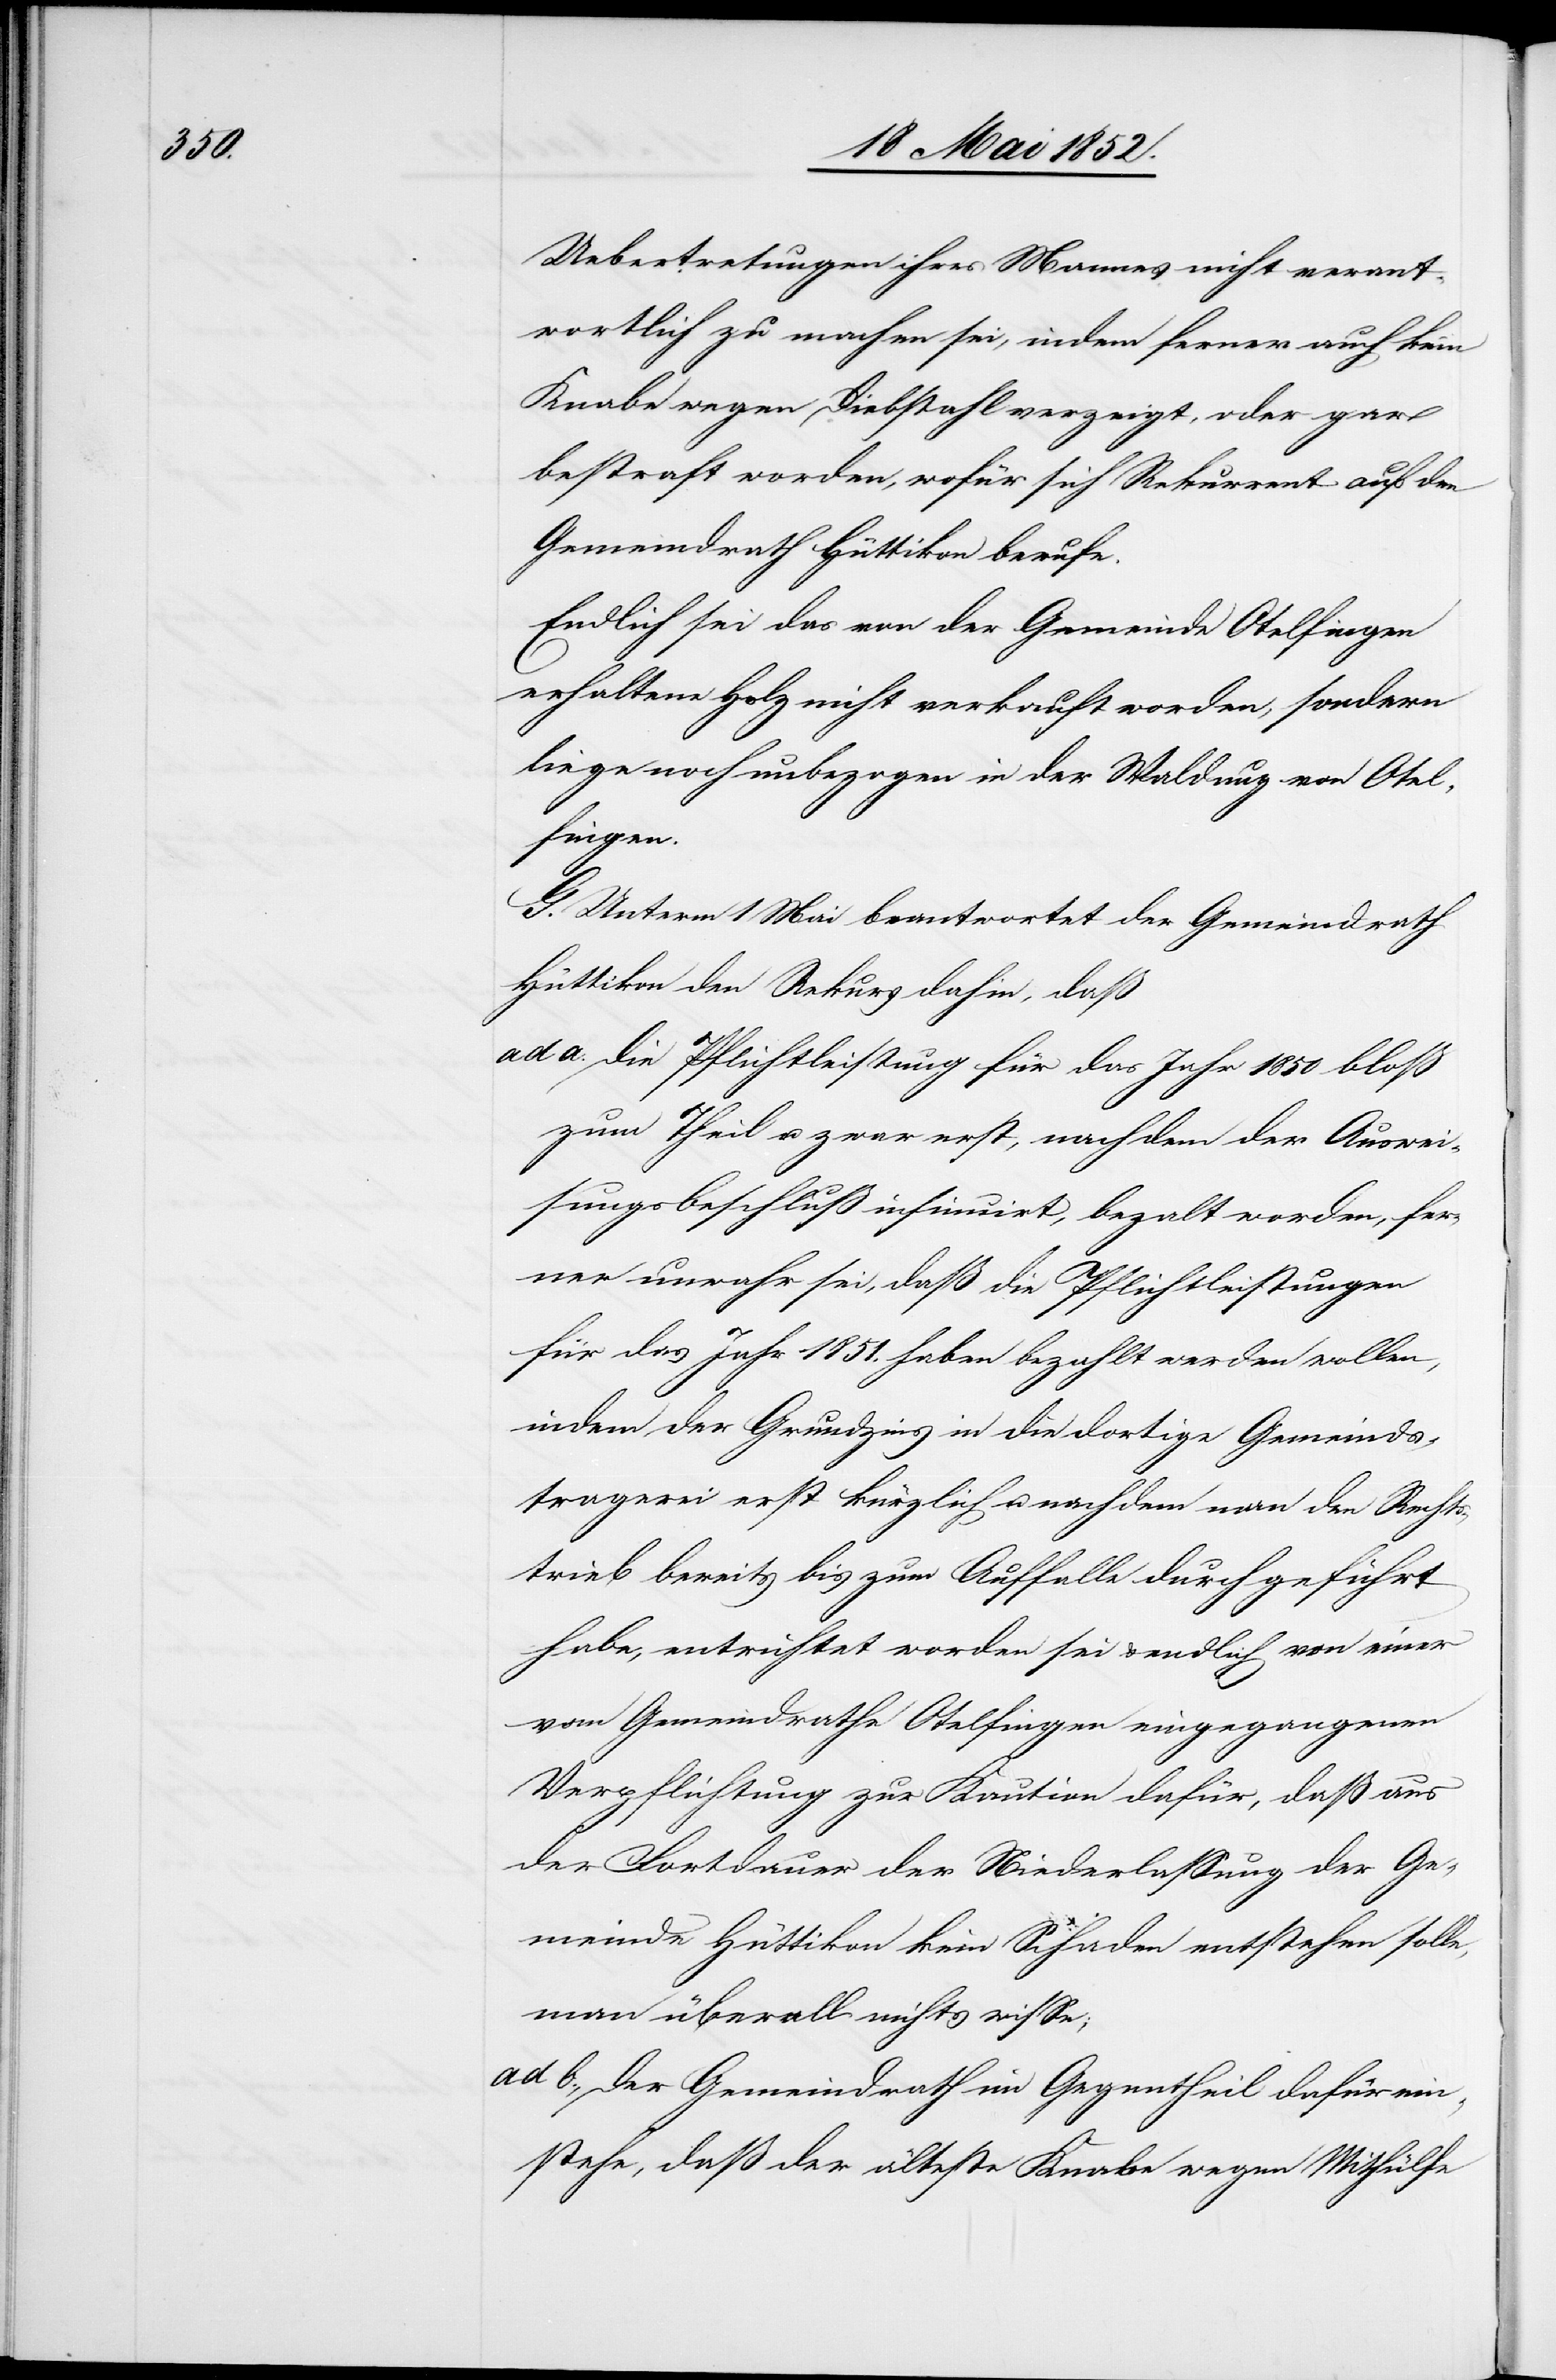
Uebertretungen ihres Mannes nicht verant¬
wortlich zu machen sei, indem ferner auch kein
Knabe wegen Diebstahl verzeigt, oder gar
bestraft worden, wofür sich Rekurrent auf den
Gemeindrath Hüttikon berufe.
Endlich sei das von der Gemeinde Otelfingen
erhaltene Holz nicht verkauft worden, sondern
liege noch unbezogen in der Waldung von Otel¬
fingen.
G. Unterm 1 Mai beantwortet der Gemeindrath
Hüttikon den Rekurs dahin, daß
die Pflichtleistung für das Jahr 1850 bloss
zum Theil u. zwar erst, nachdem der Auswei¬
sungsbeschluss insinuirt, beza[h]lt worden, fer¬
ner unwahr sei, daß die Pflichtleistungen
für das Jahr 1851. haben bezahlt werden wollen,
indem der Grundzins in die dortige Gemeinds¬
tragerei erst kürzlich u. nachdem man den Rechts¬
trieb bereits bis zum Auffalle durchgeführt
habe, entrichtet worden sei & endlich von einer
vom Gemeindrathe Otelfingen eingegangenen
Verpflichtung zur Kaution dafür, daß aus
der Fortdauer der Niederlassung der Ge¬
meinde Hüttikon kein Schaden entstehen solle,
man überall nichts wisse;
der Gemeindrath im Gegentheil dafür ein¬
stehe, daß der älteste Knabe wegen Mithülfe